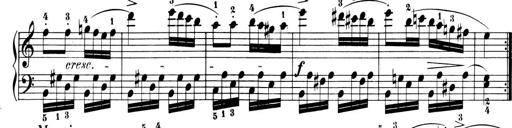
Title: 6 Piano Sonatinas
Composer: Cornelius Gurlitt